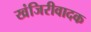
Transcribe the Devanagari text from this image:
खंजिरीवादक